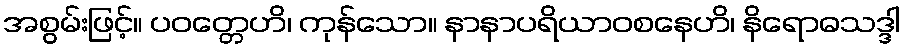
အစွမ်းဖြင့်။ ပဝတ္တေဟိ၊ ကုန်သော။ နာနာပရိယာဝစနေဟိ၊ နိရောဓသဒ္ဒါ